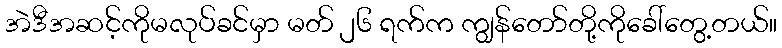
အဲဒီအဆင့်ကိုမလုပ်ခင်မှာ မတ် ၂၆ ရက်က ကျွန်တော်တို့ကိုခေါ်တွေ့တယ်။